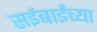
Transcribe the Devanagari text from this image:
सईबाईंच्या